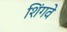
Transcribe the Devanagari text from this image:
शिंगवे